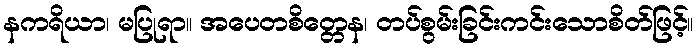
နကရိယာ၊ မပြုရာ။ အပေတစိတ္တေန၊ တပ်စွမ်းခြင်းကင်းသောစိတ်ဖြင့်။